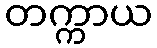
တက္ကာယ